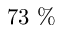
7 3 \ \%